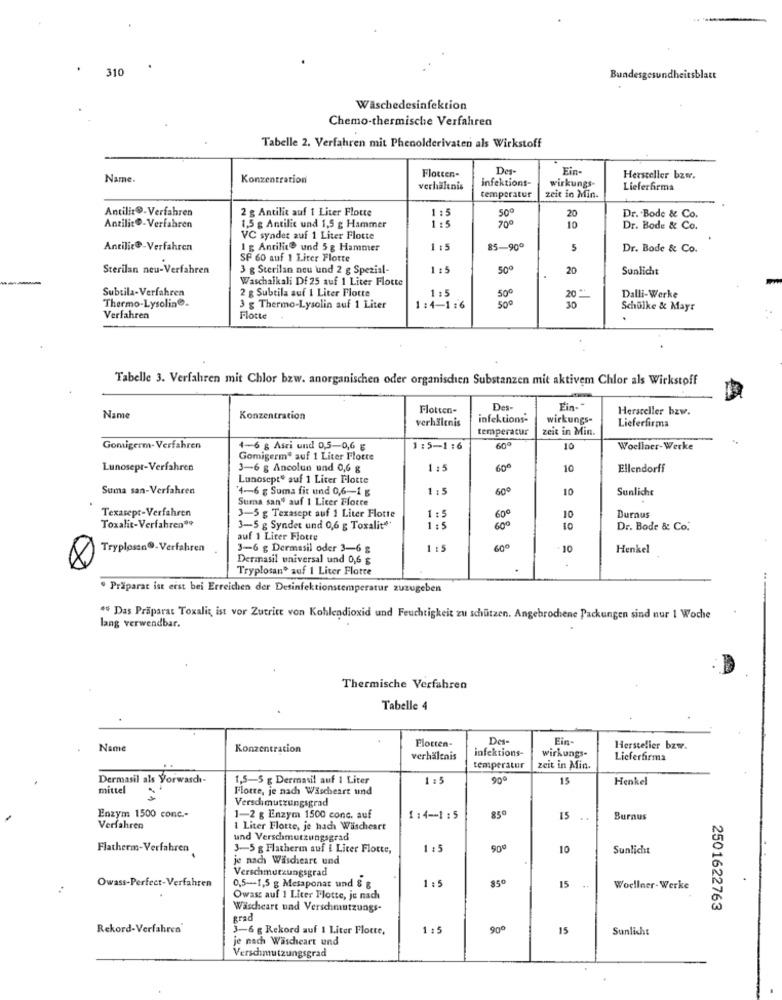
310
Bundesgesundheitsblatt
Waschedesinfektion
Chemo-thermische Verfahren
Tabelle 2. Verfahren mit Phenolderivaten als Wirkstoff
Flotten-
Ein-
Name.
Konzentration
infektions-
wirkungs-
Hersteller bzw.
verhältnis
temperatur
Lieferfirma
zeit in Min.
Antilit®-Verfahren
2 g Antilit auf 1 Liter Flotte
50º
1:5
700
20
Dr. Bode & Co.
Antilit®-Verfahren
1,5 g Antilic und 1,5 g Hammer
10
Dr. Bode & Co.
VC syndet auf 1 Liter Flotte
Antilic@-Verfahren
1 g Antilite und 5 g Hammer
1 :5
85-900
5
Dr. Bode & Co.
SP 60 auf 1 Liter Flotte
Sterilan neu-Verfahren
3 g Sterilan neu und 2 g Spezial-
1 :5
500
20
Sunlicht
Waschalkali Df 25 auf 1 Liter Flotte
Subtila-Verfahren
2 g Subtila auf 1 Liter Flotte
1 :5
50º
500
20
Dalli-Werke
Thermo-Lysoline.
3 g Thermo-Lysolin auf 1 Liter
1:4-1:6
30
Schulke & Mayr
Verfahren
Flotte
.
Tabelle 3. Verfahren mit Chlor bzw. anorganischen oder organischen Substanzen mit aktivem Chlor als Wirkstoff
Flotten-
Des-
Ein-"
Hersteller bzw.
Name
Konzentration
infektions-
wirkungs-
Lieferfirma
verhältnis
temperatur
zeit in Min.
Gomigerm- Verfahren
4-6 g Asri und 0,5-0,6 g
1:5-1:6
609
10
Woellner-Werke
Gomigerm" auf 1 Liter Flotte
Lunosepr-Verfahren
3-6 g Ancolun und 0,6 g
1:5
600
10
Ellendorff
Lunosept" auf 1 Liter Flotte
Suma san-Verfahren
4-6 g Suma fit und 0,6 -- 1 g
1:5
600
10
Sunliche
Suma san" auf 1 Liter Flotte
Texasept-Verfahren
600
3-5 g Texasept auf 1 Liter Flotte
1:5
10
Burnus
Toxalit-Verfahren"9
3-5 g Syndet und 0,6 g Toxalit **
1 : 5
600
10
Dr. Bode & Co.
auf 1 Liter Flotte
Tryplossn@- Verfahren
3-6 g Dermasil oder 3-6 $
60€
10
Henkel
Dermasil universal und 0,6 g
Tryplosan® auf 1 Liter Flotte
· Präparat ist erst bei Erreichen der Desinfektionstemperatur zuzugeben
** Das Präparat Toxaliz, ist vor Zutritt von Kohlendioxid und Feuchtigkeit zu schützen. Angebrochene Packungen sind nur 1 Woche
lang verwendbar.
Thermische Verfahren
Tabelle 4
Des-
Ein-
Name
Konzentration
Flotten-
infektions-
Hersteller bzw.
verhältnis
wirkungs-
Lieferfirma
temperatur
zeit in Min.
Dermasil als Yorwasch-
1,5-5 g Dermasil auf 1 Liter
1.5
90º
15
Henkel
mittel
Flotte, je nach Wäscheart und
11
Verschmutzungsgrad
850
Enzym 1500 conc .-
1-2 g Enzym 1500 conc. auf
1 : 4 -- 1 :5
15
Burnus
Verfahren
1 Liter Flotte, je nach Wäscheart
und Verschmutzungsgrad
Flatherm-Verfahren
3-5 g Flatherm auf I Licer Flotte,
1,5
900
10
Sunlicht
je nach Wäscheart und
Verschmutzungsgrad
Owass-Perfect-Verfahren
1:5
850
0,5-1,5 g Mesaponat und $ &
15
Woellner- Werke
Owass auf 1 Liter Flotte, je nach
Wäscheart und Verschmutzungs-
2501622763
grad
Rekord-Verfahren'
3-6 g Rekord auf 1 Liter Flotte,
1 : 5
900
15
Sunlicht
je nach Wascheart und
Verschmutzungsgrad